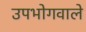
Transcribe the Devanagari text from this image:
उपभोगवाले